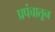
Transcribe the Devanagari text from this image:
प्रपंचातून